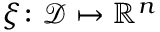
\boldsymbol { \xi } \colon \mathcal { D } \mapsto \mathbb { R } ^ { n }